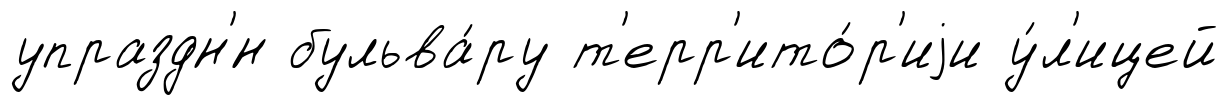
упраздн'́н бульва́ру т'ерр'ито́р'иjи у́л'ицей